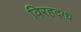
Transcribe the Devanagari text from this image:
विरहदग्ध